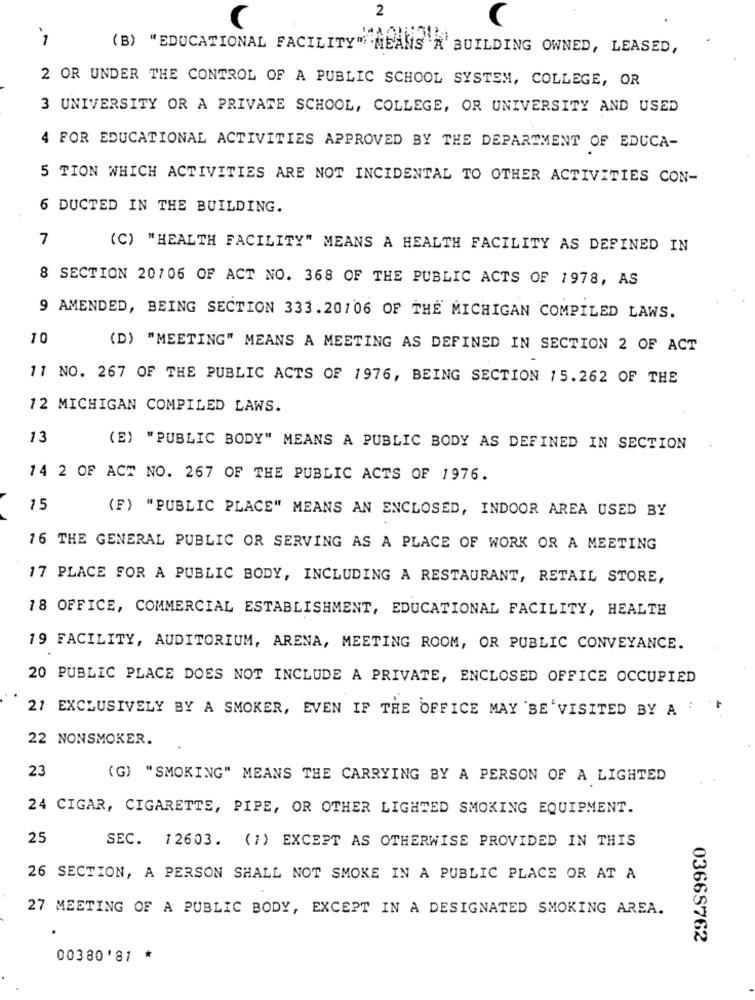
2
C
1
(B) "EDUCATIONAL FACILITY" MEANS"A BUILDING OWNED, LEASED,
2 OR UNDER THE CONTROL OF A PUBLIC SCHOOL SYSTEM, COLLEGE, OR
3 UNIVERSITY OR A PRIVATE SCHOOL, COLLEGE, OR UNIVERSITY AND USED
4 FOR EDUCATIONAL ACTIVITIES APPROVED BY THE DEPARTMENT OF EDUCA-
5 TION WHICH ACTIVITIES ARE NOT INCIDENTAL TO OTHER ACTIVITIES CON-
6 DUCTED IN THE BUILDING.
7
(C) "HEALTH FACILITY" MEANS A HEALTH FACILITY AS DEFINED IN
8 SECTION 20106 OF ACT NO. 368 OF THE PUBLIC ACTS OF 1978, AS
9 AMENDED, BEING SECTION 333.20106 OF THE MICHIGAN COMPILED LAWS.
10
(D) "MEETING" MEANS A MEETING AS DEFINED IN SECTION 2 OF ACT
11 NO. 267 OF THE PUBLIC ACTS OF 1976, BEING SECTION 15.262 OF THE
12 MICHIGAN COMPILED LAWS.
13
(E) "PUBLIC BODY" MEANS A PUBLIC BODY AS DEFINED IN SECTION
14 2 OF ACT NO. 267 OF THE PUBLIC ACTS OF 1976.
15
(F) "PUBLIC PLACE" MEANS AN ENCLOSED, INDOOR AREA USED BY
16 THE GENERAL PUBLIC OR SERVING AS A PLACE OF WORK OR A MEETING
17 PLACE FOR A PUBLIC BODY, INCLUDING A RESTAURANT, RETAIL STORE,
18 OFFICE, COMMERCIAL ESTABLISHMENT, EDUCATIONAL FACILITY, HEALTH
19 FACILITY, AUDITORIUM, ARENA, MEETING ROOM, OR PUBLIC CONVEYANCE.
20 PUBLIC PLACE DOES NOT INCLUDE A PRIVATE, ENCLOSED OFFICE OCCUPIED
21 EXCLUSIVELY BY A SMOKER, EVEN IF THE OFFICE MAY BE'VISITED BY A
22 NONSMOKER.
23
(G) "SMOKING" MEANS THE CARRYING BY A PERSON OF A LIGHTED
24 CIGAR, CIGARETTE, PIPE, OR OTHER LIGHTED SMOKING EQUIPMENT.
25
SEC. 12603. (1) EXCEPT AS OTHERWISE PROVIDED IN THIS
26 SECTION, A PERSON SHALL NOT SMOKE IN A PUBLIC PLACE OR AT A
27 MEETING OF A PUBLIC BODY, EXCEPT IN A DESIGNATED SMOKING AREA.
03665762
00380'81 *